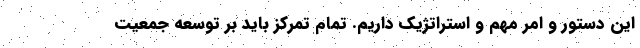
این دستور و امر مهم و استراتژیک داریم. تمام تمرکز باید بر توسعه جمعیت